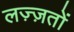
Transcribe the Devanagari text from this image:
लज़्ज़तों